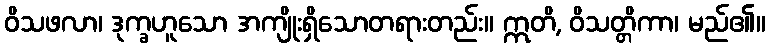
ဝိသဖလာ၊ ဒုက္ခဟူသော အကျိုးရှိသောတရားတည်း။ ဣတိ, ဝိသတ္တိကာ၊ မည်၏။